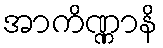
အာကိဏ္ဏာနိ